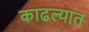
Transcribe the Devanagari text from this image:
काढल्यात